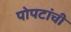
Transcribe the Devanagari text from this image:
पोपटांची